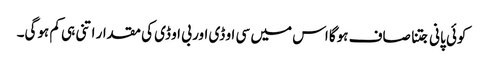
کوئی پانی جتنا صاف ہوگا اس میں سی او ڈی اور بی او ڈی کی مقدار اتنی ہی کم ہوگی۔